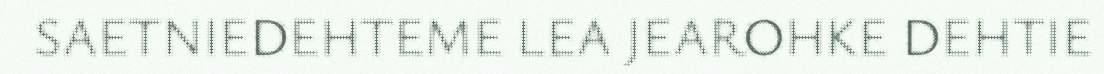
SAETNIEDEHTEME LEA JEAROHKE DEHTIE